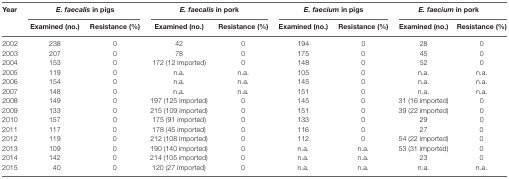
<table><thead><tr><td rowspan="2"><b>Year</b></td><td colspan="2"><b><i>E. faecalis</i> in pigs</b></td><td colspan="2"><b><i>E. faecalis</i> in pork</b></td><td colspan="2"><b><i>E. faecium</i> in pigs</b></td><td colspan="2"><b><i>E. faecium</i> in pork</b></td></tr><tr><td><b>Examined (no.)</b></td><td><b>Resistance (%)</b></td><td><b>Examined (no.)</b></td><td><b>Resistance (%)</b></td><td><b>Examined (no.)</b></td><td><b>Resistance (%)</b></td><td><b>Examined (no.)</b></td><td><b>Resistance (%)</b></td></tr></thead><tbody><tr><td>2002</td><td>238</td><td>0</td><td>42</td><td>0</td><td>194</td><td>0</td><td>28</td><td>0</td></tr><tr><td>2003</td><td>207</td><td>0</td><td>78</td><td>0</td><td>175</td><td>0</td><td>45</td><td>0</td></tr><tr><td>2004</td><td>153</td><td>0</td><td>172 (12 imported)</td><td>0</td><td>148</td><td>0</td><td>52</td><td>0</td></tr><tr><td>2005</td><td>119</td><td>0</td><td>n.a.</td><td>n.a.</td><td>105</td><td>0</td><td>n.a.</td><td>n.a.</td></tr><tr><td>2006</td><td>154</td><td>0</td><td>n.a.</td><td>n.a.</td><td>145</td><td>0</td><td>n.a.</td><td>n.a.</td></tr><tr><td>2007</td><td>148</td><td>0</td><td>n.a.</td><td>n.a.</td><td>151</td><td>0</td><td>n.a.</td><td>n.a.</td></tr><tr><td>2008</td><td>149</td><td>0</td><td>197 (125 imported)</td><td>0</td><td>145</td><td>0</td><td>31 (16 imported)</td><td>0</td></tr><tr><td>2009</td><td>133</td><td>0</td><td>215 (109 imported)</td><td>0</td><td>151</td><td>0</td><td>39 (22 imported)</td><td>0</td></tr><tr><td>2010</td><td>157</td><td>0</td><td>175 (91 imported)</td><td>0</td><td>133</td><td>0</td><td>29</td><td>0</td></tr><tr><td>2011</td><td>117</td><td>0</td><td>178 (45 imported)</td><td>0</td><td>116</td><td>0</td><td>27</td><td>0</td></tr><tr><td>2012</td><td>119</td><td>0</td><td>212 (108 imported)</td><td>0</td><td>112</td><td>0</td><td>54 (22 imported)</td><td>0</td></tr><tr><td>2013</td><td>109</td><td>0</td><td>190 (140 imported)</td><td>0</td><td>n.a.</td><td>n.a.</td><td>53 (31 imported)</td><td>0</td></tr><tr><td>2014</td><td>142</td><td>0</td><td>214 (105 imported)</td><td>0</td><td>n.a.</td><td>n.a.</td><td>23</td><td>0</td></tr><tr><td>2015</td><td>40</td><td>0</td><td>120 (27 imported)</td><td>0</td><td>n.a.</td><td>n.a.</td><td>n.a.</td><td>n.a.</td></tr></tbody></table>